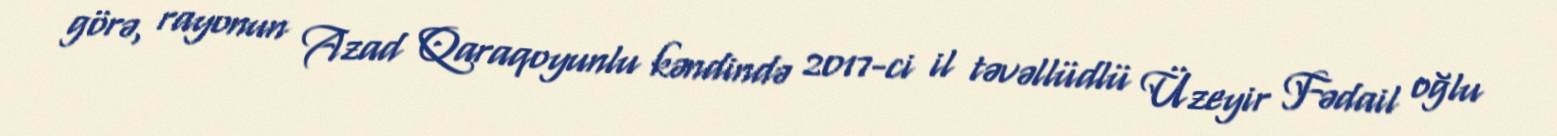
görə, rayonun Azad Qaraqoyunlu kəndində 2017-ci il təvəllüdlü Üzeyir Fədail oğlu